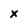
Character: x